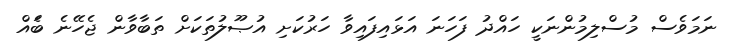
ނަމަވެސް މުސްލިމުންނަކީ ހައްދު ފަހަނަ އަޅައިފައިވާ ހަރުކަށި އުޞޫލުތަކަށް ތަބާވާން ޖެހޭނެ ބަެއް